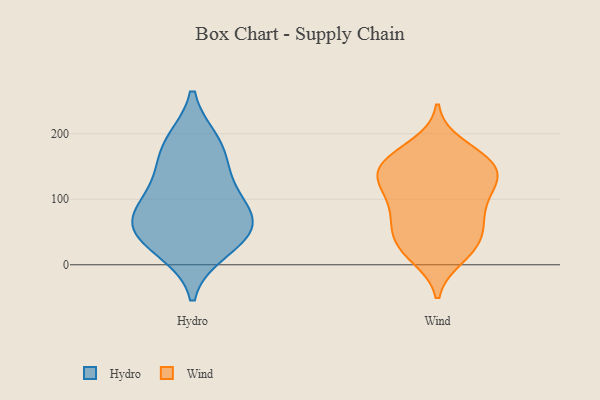
{"axis": {"x": "Operating Costs (USD K)", "y": "Value"}, "legend": ["Hydro", "Wind"], "data": [{"x": "", "y": 41, "type": "Hydro"}, {"x": "", "y": 181, "type": "Hydro"}, {"x": "", "y": 79, "type": "Hydro"}, {"x": "", "y": 47, "type": "Hydro"}, {"x": "", "y": 141, "type": "Hydro"}, {"x": "", "y": 115, "type": "Hydro"}, {"x": "", "y": 67, "type": "Hydro"}, {"x": "", "y": 23, "type": "Hydro"}, {"x": "", "y": 187, "type": "Hydro"}, {"x": "", "y": 76, "type": "Hydro"}, {"x": "", "y": 107, "type": "Wind"}, {"x": "", "y": 123, "type": "Wind"}, {"x": "", "y": 164, "type": "Wind"}, {"x": "", "y": 153, "type": "Wind"}, {"x": "", "y": 138, "type": "Wind"}, {"x": "", "y": 12, "type": "Wind"}, {"x": "", "y": 121, "type": "Wind"}, {"x": "", "y": 148, "type": "Wind"}, {"x": "", "y": 26, "type": "Wind"}, {"x": "", "y": 80, "type": "Wind"}, {"x": "", "y": 154, "type": "Wind"}, {"x": "", "y": 158, "type": "Wind"}, {"x": "", "y": 20, "type": "Wind"}, {"x": "", "y": 89, "type": "Wind"}, {"x": "", "y": 32, "type": "Wind"}, {"x": "", "y": 61, "type": "Wind"}, {"x": "", "y": 54, "type": "Wind"}, {"x": "", "y": 122, "type": "Wind"}, {"x": "", "y": 60, "type": "Wind"}, {"x": "", "y": 182, "type": "Wind"}]}